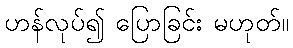
ဟန်လုပ်၍ ပြောခြင်း မဟုတ်။